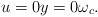
LaTeX: \begin{align*}u=0y=0\omega_c.\end{align*}